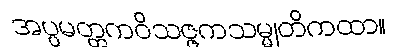
အပ္ပမတ္တကဝိသဇ္ဇကသမ္မုတိကထာ။